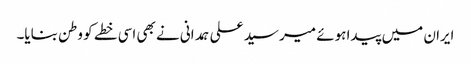
ایران میں پیدا ہوئے میر سید علی ہمدانی نے بھی اسی خطے کو وطن بنایا۔